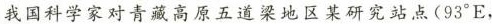
我国科学家对青藏高原五道梁地区某研究站点(93°E，